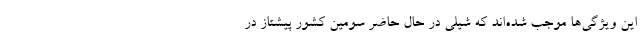
این ویژگی‌ها موجب شده‌اند که شیلی در حال حاضر سومین کشور پیشتاز در